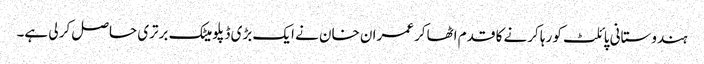
ہندوستانی پائلٹ کو رہا کرنے کا قدم اٹھاکر عمران خان نے ایک بڑی ڈپلومیٹک برتری حاصل کر لی ہے۔